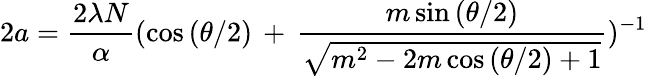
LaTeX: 2a=\frac{2\lambda N}{\alpha}(\cos{(\theta/2)}\, +\, \frac{m\sin{(\theta/2)}}{\sqrt{m^{2}-2m\cos{(\theta/2)}+1}})^{-1}